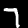
Label: 7